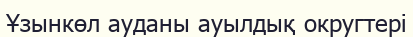
Ұзынкөл ауданы ауылдық округтері